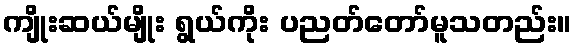
ကျိုးဆယ်မျိုး ရွယ်ကိုး ပညတ်တော်မူသတည်း။